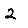
Digit: 2